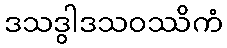
ဒသဒွါဒသဝဿိကံ